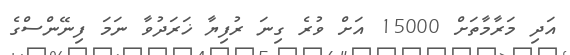
އަދި މަރާމާތަށް 15000 އަށް ވުރެ ގިނަ ރުފިޔާ ޚަރަދުވާ ނަމަ ފިނޭންސްގެ